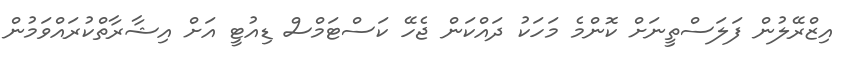
އިޒްރޭލުން ފަލަސްތީނަށް ކޮންމެ މަހަކު ދައްކަން ޖެހޭ ކަސްޓަމްސް ޑިއުޓީ އަށް އިޝާރާތްކުރައްވަމުން